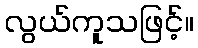
လွယ်ကူသဖြင့်။